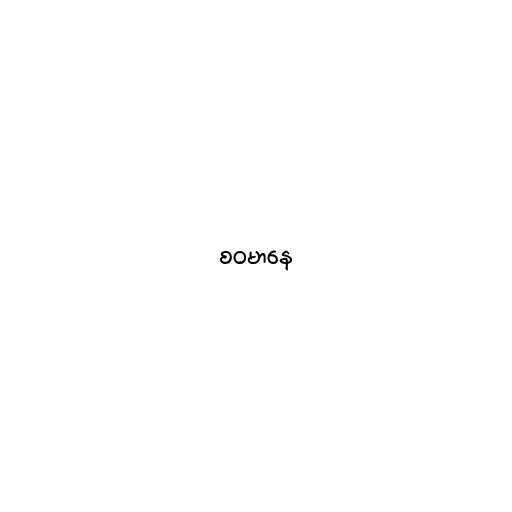
စဝမာနေ